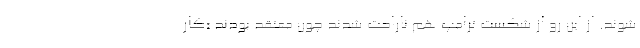
شوند. از این رو از شکست ترامپ هم ناراحت شدند چون معتقد بودند «کار